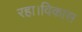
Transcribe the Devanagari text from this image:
रहा।विकास